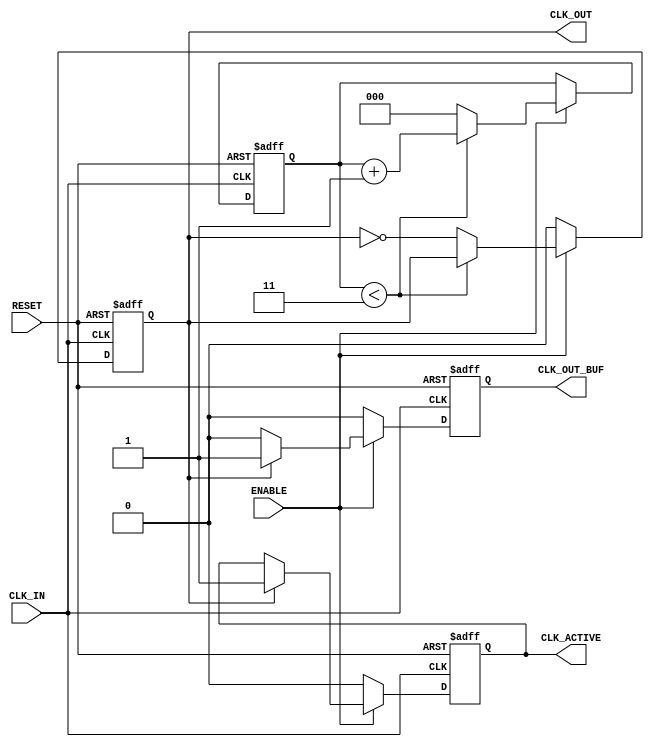
module ClockDividerBuffer #(
    parameter N = 4               // Division factor (must be a positive integer)
)(
    input wire CLK_IN,            // Input clock signal
    input wire RESET,             // Reset signal
    input wire ENABLE,            // Enable signal
    output reg CLK_OUT,           // Divided clock output
    output reg CLK_OUT_BUF,       // Buffered clock output
    output reg CLK_ACTIVE         // Status signal indicating clock is active
);

    // Internal counter to keep track of clock cycles
    reg [$clog2(N):0] counter;    // Counter width should be enough to hold N

    // Reset logic and clock division
    always @(posedge CLK_IN or posedge RESET) begin
        if (RESET) begin
            counter <= 0;
            CLK_OUT <= 0;
            CLK_OUT_BUF <= 0;
            CLK_ACTIVE <= 0;
        end else if (ENABLE) begin
            // Increment counter on every clock cycle
            if (counter < (N-1)) begin
                counter <= counter + 1;
            end else begin
                counter <= 0;
                CLK_OUT <= ~CLK_OUT;         // Toggle the divided clock output
            end
            
            // Buffer the clock output
            if (CLK_OUT) begin
                CLK_OUT_BUF <= 1;           // Drive buffered output high
                CLK_ACTIVE <= 1;            // Indicate that clock output is active
            end else begin
                CLK_OUT_BUF <= 0;           // Drive buffered output low
            end
        end else begin
            // If disabled, ensure outputs are reset
            CLK_OUT <= 0;
            CLK_OUT_BUF <= 0;
            CLK_ACTIVE <= 0;
        end
    end

endmodule